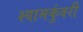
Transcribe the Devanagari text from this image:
श्यामकुंवरी